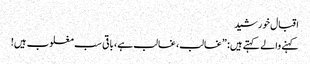
اقبال خورشید
کہنے والے کہتے ہیں: ”غالب، غالب ہے، باقی سب مغلوب ہیں!